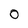
Character: 0